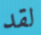
لقد